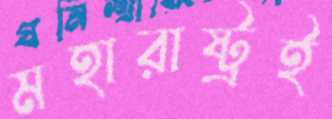
মহারাষ্ট্রই